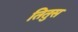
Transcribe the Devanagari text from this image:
तितुस